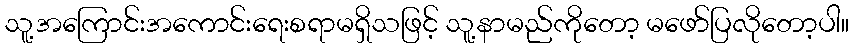
သူ့အကြောင်းအကောင်းရေးစရာမရှိသဖြင့် သူ့နာမည်ကိုတော့ မဖော်ပြလိုတော့ပါ။